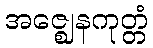
အဇ္ဈေနကုတ္တံ